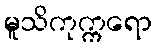
မူသိကုက္ကရော